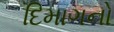
દિમાગનો